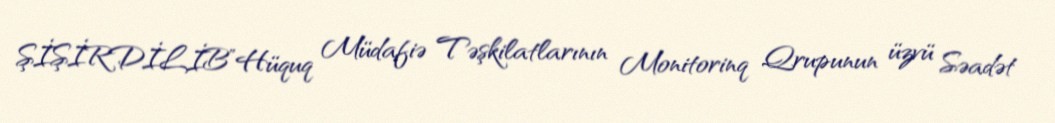
ŞİŞİRDİLİB”Hüquq Müdafiə Təşkilatlarının Monitorinq Qrupunun üzvü Səadət